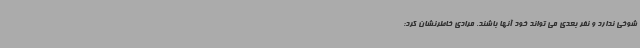
شوخی ندارد و نفر بعدی می تواند خود آنها باشند. مرادی خاطرنشان کرد: